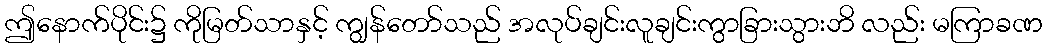
ဤနောက်ပိုင်း၌ ကိုမြတ်သာနှင့် ကျွန်တော်သည် အလုပ်ချင်းလူချင်းကွာခြားသွားဘိ လည်း မကြာခဏ